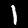
Label: 1